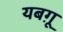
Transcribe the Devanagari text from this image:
यबग़ू